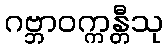
ဂဗ္ဘာဝက္ကန္တီသု